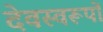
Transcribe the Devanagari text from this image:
देवस्वरूपों